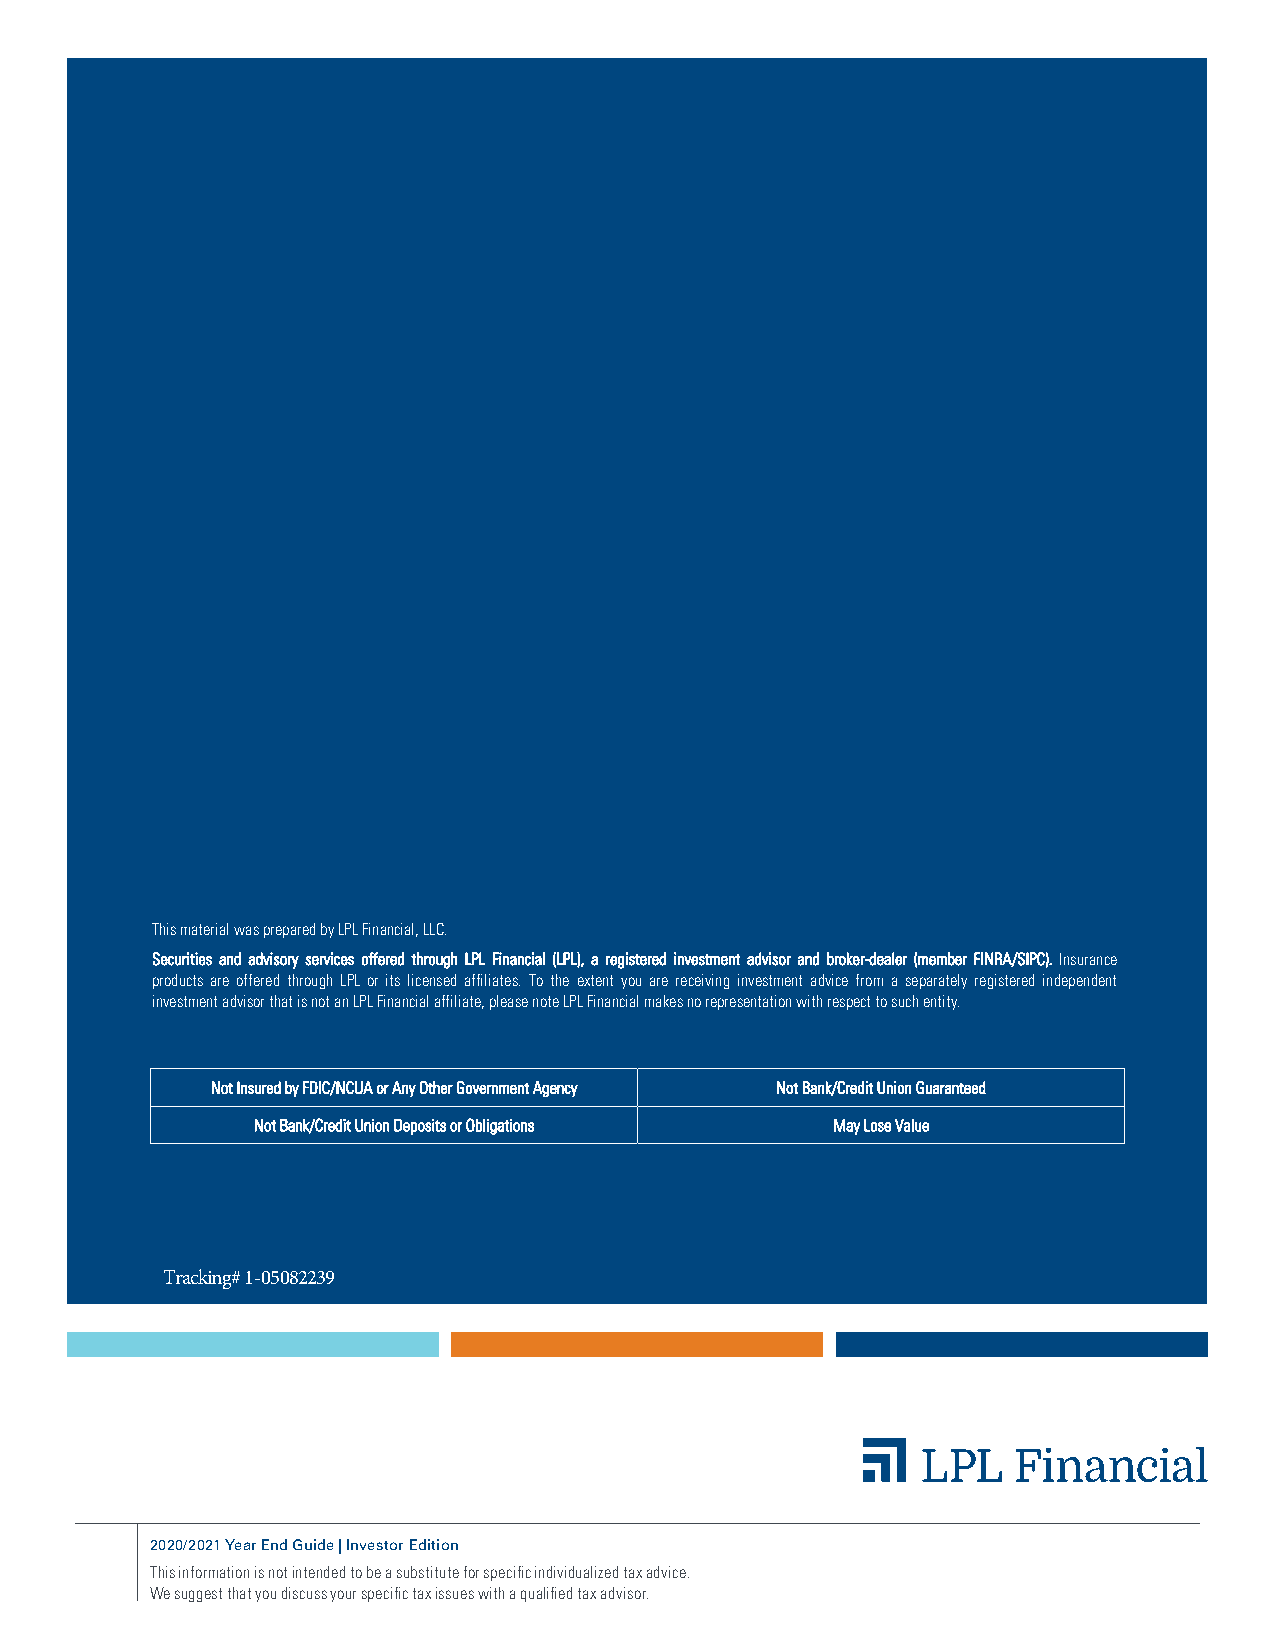
This material was prepared by LPL Financial, LLC.
 Securities and advisory services offered through LPL Financial (LPL), a registered investment advisor and broker-dealer (member FINRA/SIPC). Insurance
 products are offered through LPL or its licensed affiliates. To the extent you are receiving investment advice from a separately registered independent
 investment advisor that is not an LPL Financial affiliate, please note LPL Financial makes no representation with respect to such entity.
 Not Insured by FDIC/NCUA or Any Other Government Agency Not Bank/Credit Union Guaranteed
 Not Bank/Credit Union Deposits or Obligations May Lose Value
 Tracking# 1-05082239
 2020/2021 Year End Guide | Investor Edition
 This information is not intended to be a substitute for specific individualized tax advice.
 We suggest that you discuss your specific tax issues with a qualified tax advisor.